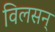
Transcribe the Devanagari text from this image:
विलसन्